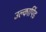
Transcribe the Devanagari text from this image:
उल्‍कापिंड